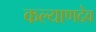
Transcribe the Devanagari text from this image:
कल्याणदेव